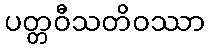
ပတ္တဝီသတိဝဿာ